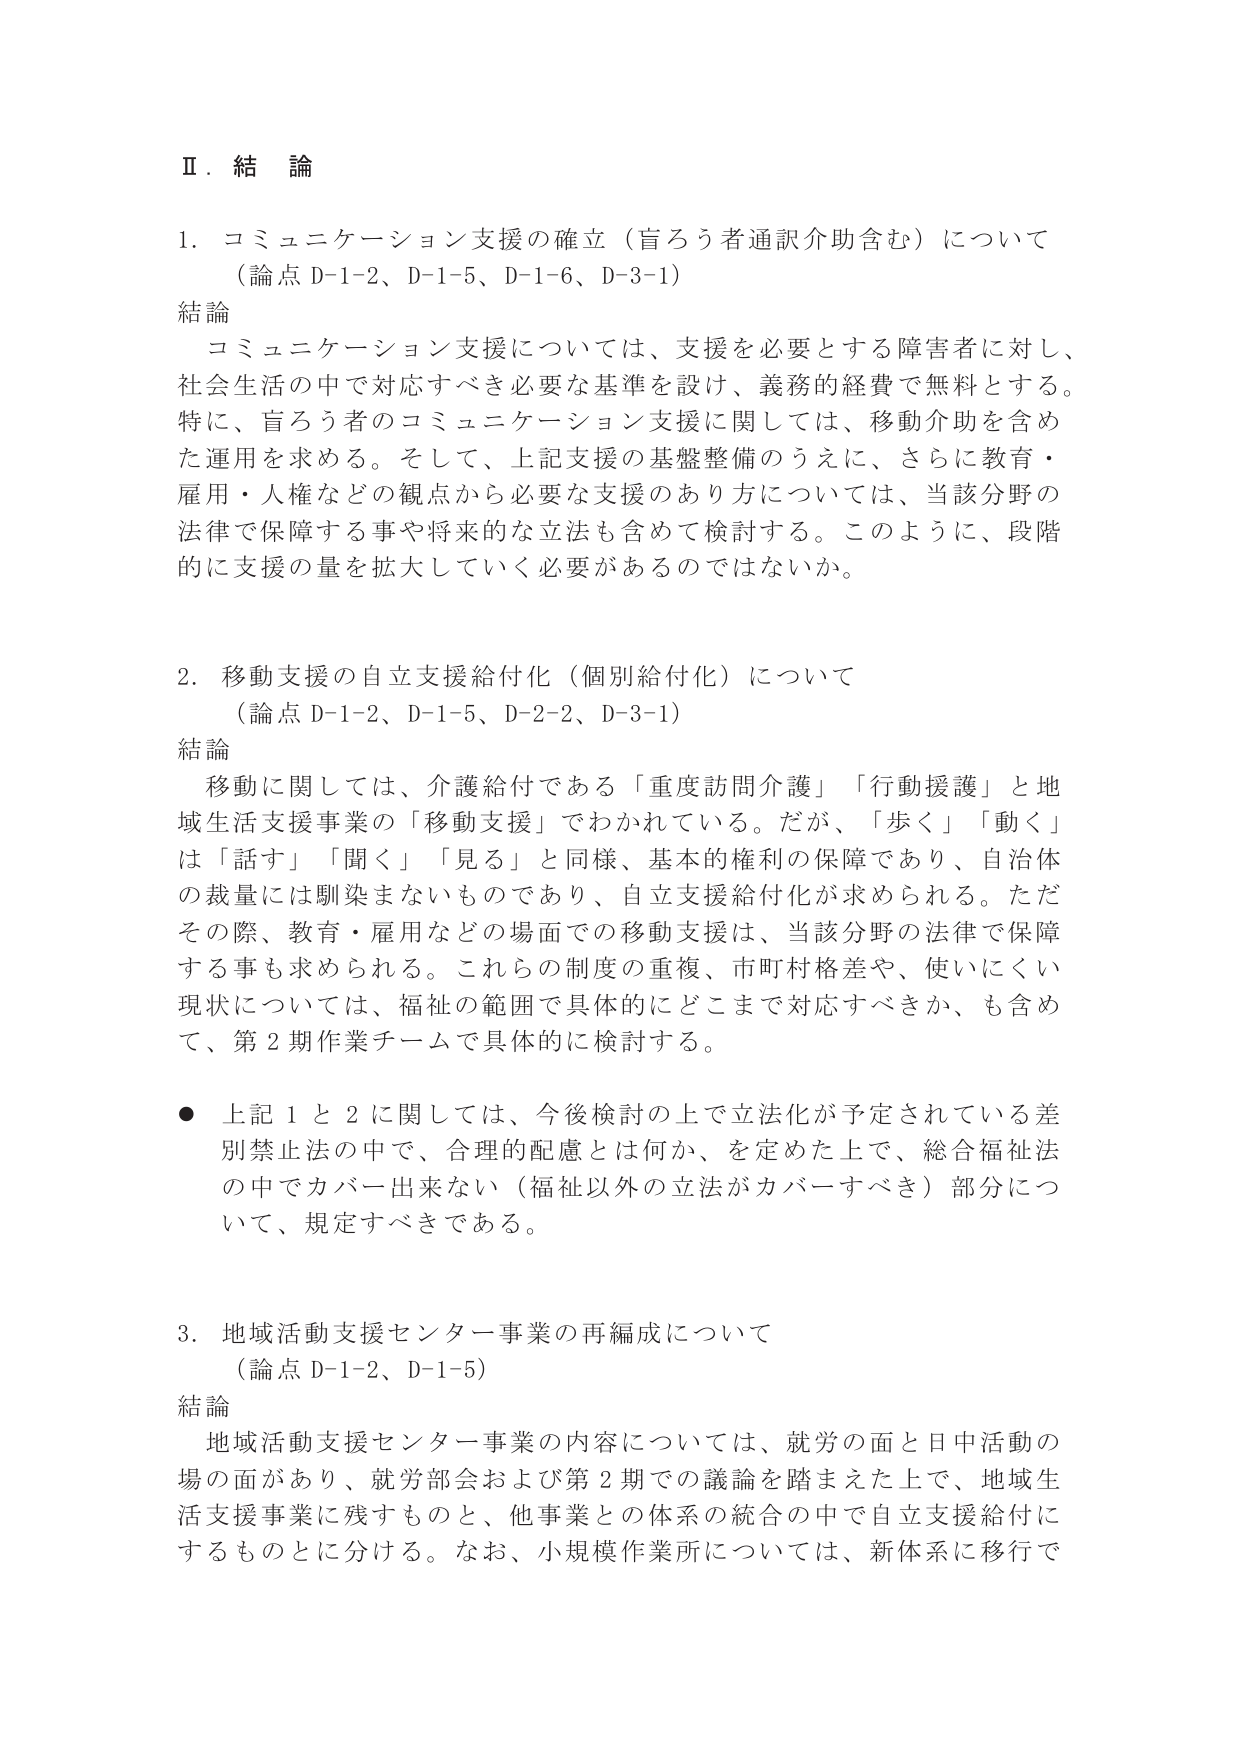
Ⅱ．結論

1．コミュニケーション支援の確立（盲ろう者通訳介助含む）について
（論点 D-1-2、D-1-5、D-1-6、D-3-1）
結論
コミュニケーション支援については、支援を必要とする障害者に対し、
社会生活の中で対応すべき必要な基準を設け、義務的経費で無料とする。
特に、盲ろう者のコミュニケーション支援に関しては、移動介助を含め
た運用を求める。そして、上記支援の基盤整備のうえに、さらに教育・
雇用・人権などの観点から必要な支援のあり方については、当該分野の
法律で保障する事や将来的な立法も含めて検討する。このように、段階
的に支援の量を拡大していく必要があるのではないか。

2．移動支援の自立支援給付化（個別給付化）について
（論点 D-1-2、D-1-5、D-2-2、D-3-1）
結論
移動に関しては、介護給付である「重度訪問介護」「行動援護」と地
域生活支援事業の「移動支援」でわかれていている。だが、「歩く」「動く」
は「話す」「聞く」「見る」と同様、基本的権利の保障であり、自治体
の裁量には馴染まないものであり、自立支援給付化が求められる。ただ
その際、教育・雇用などの場面での移動支援は、当該分野の法律で保障
する事も求められる。これらの制度の重複、市町村格差や、使いにくい
現状については、福祉の範囲で具体的にどこまで対応すべきか、も含め
て、第2期作業チームで具体的に検討する。

● 上記1と2に関しては、今後検討の上で立法化が予定されている差
別禁止法の中で、合理的配慮とは何か、を定めた上で、総合福祉法
の中でカバー出来ない（福祉以外の立法がカバーすべき）部分につ
いて、規定すべきである。

3．地域活動支援センター事業の再編成について
（論点 D-1-2、D-1-5）
結論
地域活動支援センター事業の内容については、就労の面と日中活動の
場の面があり、就労部会および第2期での議論を踏まえた上で、地域生
活支援事業に残すものと、他事業との体系の統合の中で自立支援給付に
するものとに分ける。なお、小規模作業所については、新体系に移行で